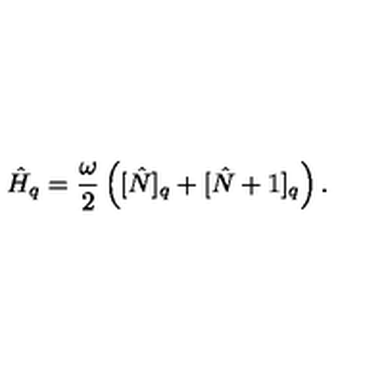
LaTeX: \hat { H } _ { q } = \frac { \omega } { 2 } \left( [ \hat { N } ] _ { q } + [ \hat { N } + 1 ] _ { q } \right) .